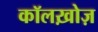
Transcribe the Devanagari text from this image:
कॉलख़ोज़